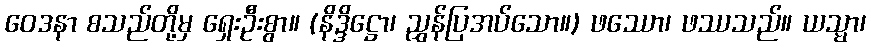
ဝေဒနာ စသည်တို့မှ ရှေးဦးစွာ။ (နိဒ္ဒိဋ္ဌော၊ ညွှန်ပြအပ်သော။) ဖဿော၊ ဖဿသည်။ ယသ္မာ၊